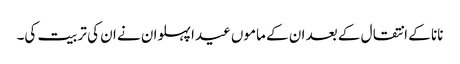
نانا کے انتقال کے بعد ان کے ماموں عیدا پہلوان نے ان کی تربیت کی۔